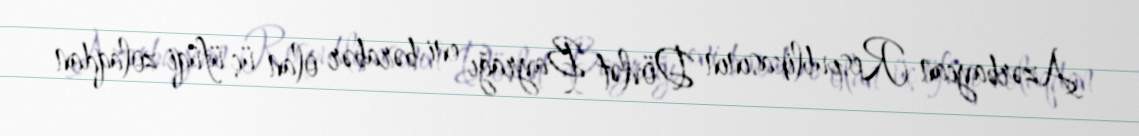
Azərbaycan Respublikasının Dövlət Bayrağı eni bərabər olan üç üfüqi zolaqdan